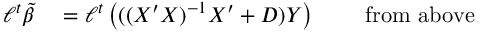
\begin{array} { r l r l } { \ell ^ { t } { \tilde { \beta } } } & { { } = \ell ^ { t } \left( ( ( X ^ { \prime } X ) ^ { - 1 } X ^ { \prime } + D ) Y \right) } & { } & { { } { \mathrm { ~ f r o m ~ a b o v e } } } \end{array}